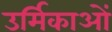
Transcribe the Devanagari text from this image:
उर्मिकाओं